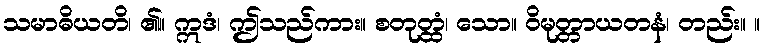
သမာဓိယတိ၊ ၏။ ဣဒံ၊ ဤသည်ကား။ စတုတ္ထံ၊ သော။ ဝိမုတ္တာယတနံ၊ တည်း။ ။